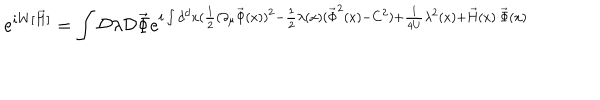
e ^ { i W [ \vec { H } ] } = \int { \cal D } \lambda { \cal D } { \vec { \Phi } } e ^ { i \int d ^ { d } x ( \frac { 1 } { 2 } ( \partial _ { \mu } { \vec { \Phi } } ( x ) ) ^ { 2 } - \frac { 1 } { 2 } \lambda ( x ) ( { \vec { \Phi } } ^ { 2 } ( x ) - C ^ { 2 } ) + \frac { 1 } { 4 U } \lambda ^ { 2 } ( x ) + { \vec { H } } ( x ) \cdot { \vec { \Phi } } ( x ) }